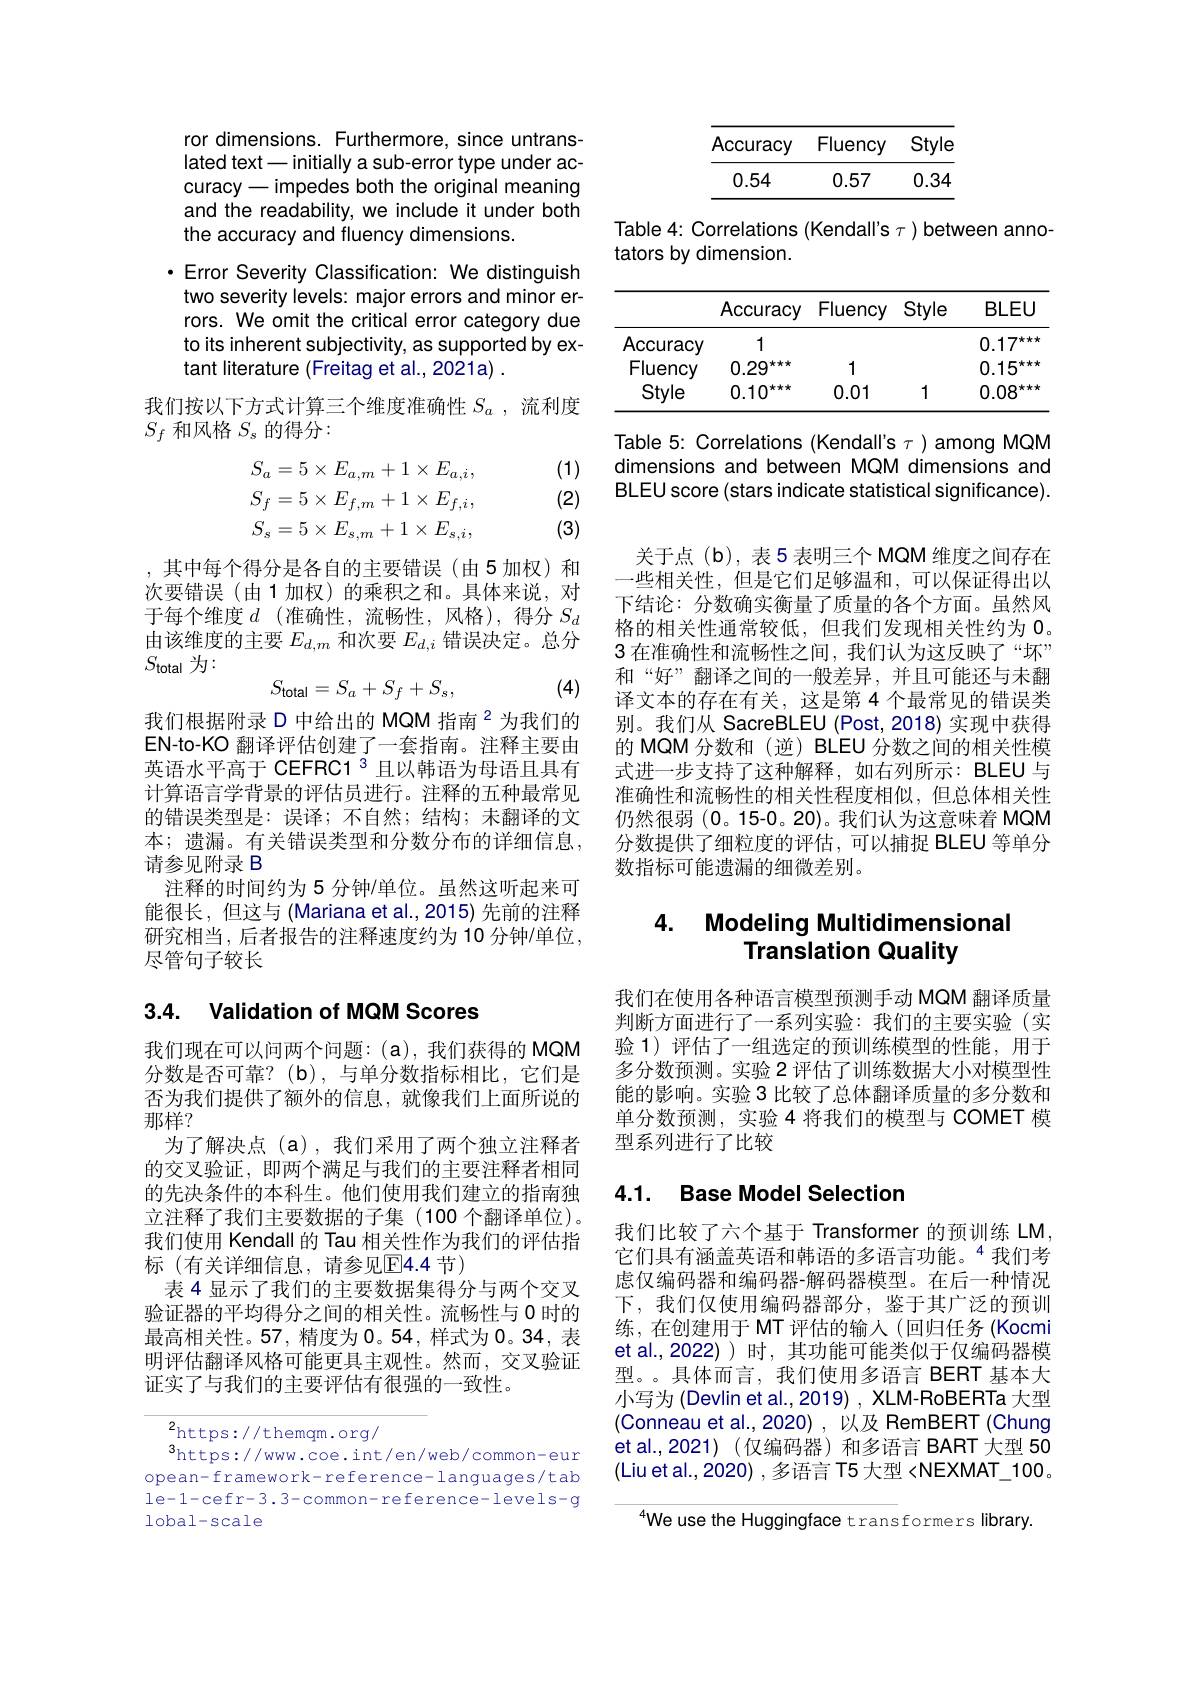
<table>
	<tbody>
		<tr>
			<th>Accuracy</th>
			<th>Fluency</th>
			<th>Style</th>
		</tr>
		<tr>
			<td>0.54</td>
			<td></td>
			<td>0.34</td>
		</tr>
	</tbody>
</table>

Table 4: Correlations (Kendall's $\tau)$ between anno-
tators by dimension.

<table>
	<tbody>
		<tr>
			<th> </th>
			<th>Accuracy</th>
			<th>Fluency</th>
			<th>Style</th>
			<th>BLEU</th>
		</tr>
		<tr>
			<td>Accuracy</td>
			<td>1</td>
			<td> </td>
			<td> </td>
			<td>0.17 kky</td>
		</tr>
		<tr>
			<td>Fluency</td>
			<td>kxxk 0.29</td>
			<td>1</td>
			<td> </td>
			<td>0.15 kky</td>
		</tr>
		<tr>
			<td>Style</td>
			<td>$0.10^{\star\star\star}$</td>
			<td>0.01</td>
			<td>1</td>
			<td>0.08 kky</td>
		</tr>
	</tbody>
</table>

Table 5: Correlations (Kendall's $\tau)$ among MQM dimensions and between MQM dimensions and BLEU score (stars indicate statistical significance).

ror dimensions. Furthermore, since untranslated text- initially a sub-error type under accuracy - impedes both the original meaning and the readability, we include it under both the accuracy and fluency dimensions.

·Error Severity Classification: We distinguish
two severity levels: major errors and minor errors. We omit the critical error category due to its inherent subjectivity, as supported by extant literature (Freitag et al., 2021a)
我们按以下方式计算三个维度准确性$S_a$ ,流利度
$S_f$和风格$S_s$的得分：

(1)

(2)
$$S_{a}=5\times E_{a,m}+1\times E_{a,i},\\S_{f}=5\times E_{f,m}+1\times E_{f,i},\\S_{s}=5\times E_{s,m}+1\times E_{s,i},$$
(3)

,其中每个得分是各自的主要错误(由5加权)和次要错误(由1加权)的乘积之和。具体来说，对于每个维度$d$ (准确性，流畅性，风格),得分$S_d$ 由该维度的主要$E_d,m$和次要$E_d,i$错误决定。总分$S_{\mathrm{total}}$为：
$$S_{\mathrm{total}}=S_a+S_f+S_s,$$
(4)

我们根据附录 D 中给出的 MQM 指南$^{2}$为我们的EN-to-KO 翻译评估创建了一套指南。注释主要由英语水平高于 CEFRC1 3 且以韩语为母语且具有计算语言学背景的评估员进行。注释的五种最常见的错误类型是：误译；不自然；结构；未翻译的文本；遗漏。有关错误类型和分数分布的详细信息， 请参见附录 B
注释的时间约为 5 分钟/单位。虽然这听起来可能很长，但这与(Mariana et al.,2015)先前的注释研究相当，后者报告的注释速度约为 10 分钟/单位， 尽管句子较长

## 3.4. Validation of MQM Scores

我们现在可以问两个问题：(a),我们获得的 MQM 分数是否可靠？(b),与单分数指标相比，它们是否为我们提供了额外的信息，就像我们上面所说的那样？
为了解决点(a),我们采用了两个独立注释者的交叉验证，即两个满足与我们的主要注释者相同的先决条件的本科生。他们使用我们建立的指南独立注释了我们主要数据的子集(100个翻译单位)。我们使用 Kendall 的 Tau 相关性作为我们的评估指标(有关详细信息，请参见E4.4 节)
表 4 显示了我们的主要数据集得分与两个交叉验证器的平均得分之间的相关性。流畅性与 0 时的最高相关性。57, 精度为 0。54, 样式为0。34,表明评估翻译风格可能更具主观性。然而，交叉验证证实了与我们的主要评估有很强的一致性。

2https: / / themqm. org/ $3_{\mathrm{b++n-1//rurw~cos~in+}}$
$^{3}$https://www.coe.int/en/web/common-eur opean- framework- reference- languages/tab le-1-cefr-3.3-common-reference-levels-g lobal-scale

关于点(b),表5 表明三个 MQM 维度之间存在-些相关性，但是它们足够温和，可以保证得出以下结论：分数确实衡量了质量的各个方面。虽然风格的相关性通常较低，但我们发现相关性约为0。3 在准确性和流畅性之间，我们认为这反映了“坏” 和“好”翻译之间的一般差异，并且可能还与未翻译文本的存在有关，这是第 4 个最常见的错误类别。我们从 SacreBLEU (Post,2018) 实现中获得的 MQM 分数和 (逆) BLEU 分数之间的相关性模式进一步支持了这种解释，如右列所示：BLEU 与准确性和流畅性的相关性程度相似，但总体相关性仍然很弱(0。15-0。20)。我们认为这意味着 MQM 分数提供了细粒度的评估，可以捕捉 BLEU 等单分数指标可能遗漏的细微差别。

### 4. Modeling Multidimensional Translation Quality

我们在使用各种语言模型预测手动 MQM 翻译质量判断方面进行了一系列实验：我们的主要实验(实验 1)评估了一组选定的预训练模型的性能，用于多分数预测。实验 2 评估了训练数据大小对模型性能的影响。实验 3 比较了总体翻译质量的多分数和单分数预测，实验4将我们的模型与 COMET 模型系列进行了比较

## 4.1. Base Model Selection

我们比较了六个基于 Transformer 的预训练 LM, 它们具有涵盖英语和韩语的多语言功能。“我们考虑仅编码器和编码器-解码器模型。在后一种情况下，我们仅使用编码器部分，鉴于其广泛的预训练，在创建用于 MT 评估的输入(回归任务(Kocmi et al.,2022) ) 时，其功能可能类似于仅编码器模型。。具体而言，我们使用多语言 BERT 基本大小写为 (Devlin et al., 2019) , XLM-RoBERTa 大型(Conneau et al.,2020) ,以及 RemBERT (Chung et al.,2021)(仅编码器)和多语言 BART 大型 50 (Liu et al., 2020) , 多语言 T5 大型 <NEXMAT\_100。

We use the Huggingface transformers library.